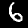
Digit: 6